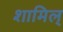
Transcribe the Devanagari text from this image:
शामिल्